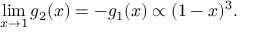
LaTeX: \operatorname * { l i m } _ { x \rightarrow 1 } g _ { 2 } ( x ) = - g _ { 1 } ( x ) \propto ( 1 - x ) ^ { 3 } .